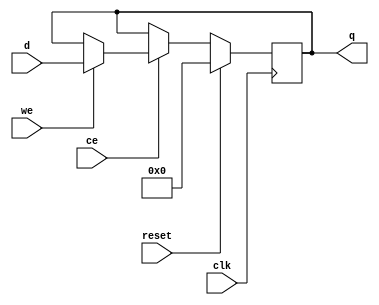
module memory_cell
 #( parameter WIDTH = 24 
  )
  ( clk
  , reset

  , ce
  , we
  , d
  , q
  );

  input  wire clk;
  input  wire reset;

  input  wire ce;
  input  wire we;
  input  wire [WIDTH-1 : 0] d;
  output wire [WIDTH-1 : 0] q;

  reg [WIDTH-1 : 0] data = 0;

  assign q = data;
  always @(posedge clk)
    begin
      if (reset == 1'b1)
        begin
          data <= 0;
        end
      else
        begin
          if (ce == 1'b1)
            begin
              if (we == 1'b1)
                begin
                  data <= d;
                end
            end
        end
    end

endmodule